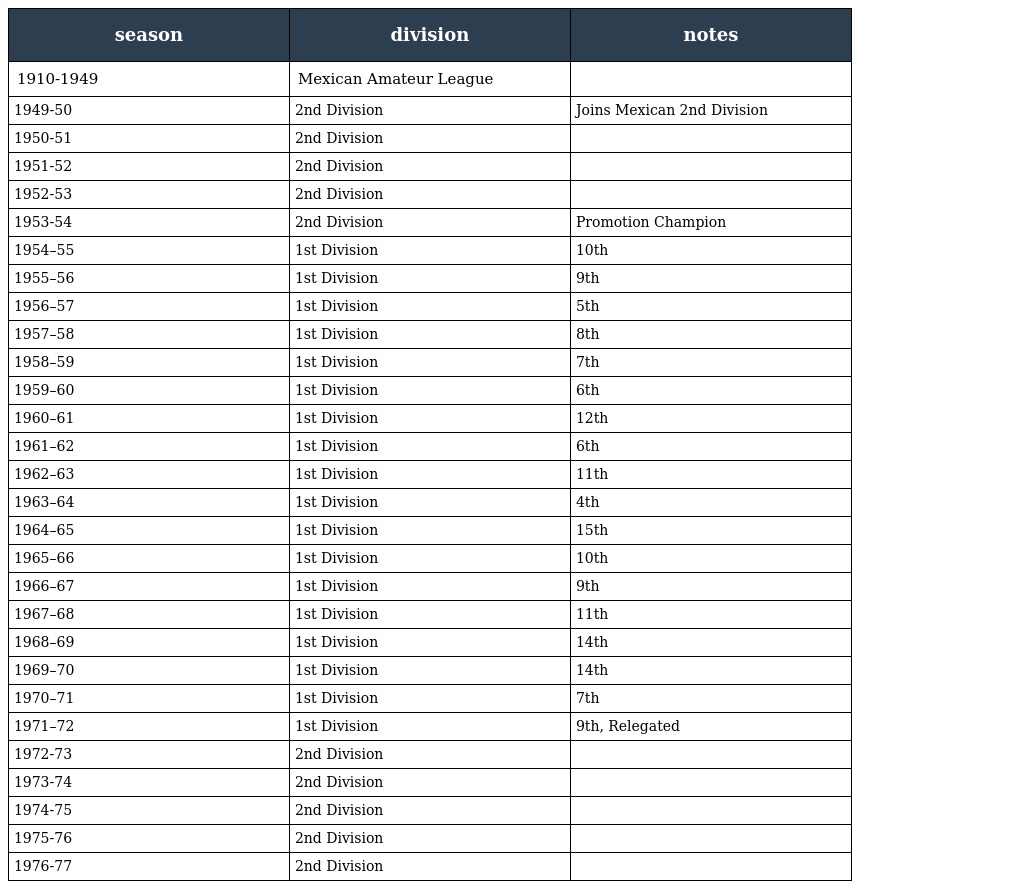
| season | division | notes |
 | --- | --- | --- |
 | 1910-1949 | Mexican Amateur League |  |
 | 1949-50 | 2nd Division | Joins Mexican 2nd Division |
 | 1950-51 | 2nd Division |  |
 | 1951-52 | 2nd Division |  |
 | 1952-53 | 2nd Division |  |
 | 1953-54 | 2nd Division | Promotion Champion |
 | 1954–55 | 1st Division | 10th |
 | 1955–56 | 1st Division | 9th |
 | 1956–57 | 1st Division | 5th |
 | 1957–58 | 1st Division | 8th |
 | 1958–59 | 1st Division | 7th |
 | 1959–60 | 1st Division | 6th |
 | 1960–61 | 1st Division | 12th |
 | 1961–62 | 1st Division | 6th |
 | 1962–63 | 1st Division | 11th |
 | 1963–64 | 1st Division | 4th |
 | 1964–65 | 1st Division | 15th |
 | 1965–66 | 1st Division | 10th |
 | 1966–67 | 1st Division | 9th |
 | 1967–68 | 1st Division | 11th |
 | 1968–69 | 1st Division | 14th |
 | 1969–70 | 1st Division | 14th |
 | 1970–71 | 1st Division | 7th |
 | 1971–72 | 1st Division | 9th, Relegated |
 | 1972-73 | 2nd Division |  |
 | 1973-74 | 2nd Division |  |
 | 1974-75 | 2nd Division |  |
 | 1975-76 | 2nd Division |  |
 | 1976-77 | 2nd Division |  |